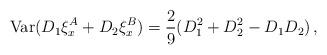
LaTeX: \begin{align*}\textrm{Var}(D_1\xi_x^A+D_2\xi_x^{B})=\frac 29(D_1^2+D_2^2-D_1D_2)\,,\end{align*}